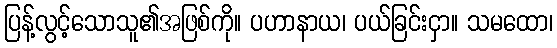
ပြန့်လွင့်သောသူ၏အဖြစ်ကို။ ပဟာနာယ၊ ပယ်ခြင်းငှာ။ သမထော၊